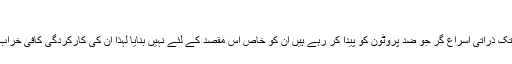
"
ابھی تک ذرّاتی اسراع گر جو ضد پروٹون کو پیدا کر رہے ہیں ان کو خاص اس مقصد کے لئے نہیں بنایا لہٰذا ان کی کارکردگی کافی خراب ہے۔